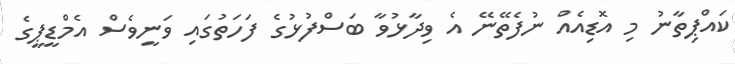
ކައްޕިތާނު މި އޮޑިއެއް ނުފެތޭނޭ އެ ވިދާޅުވާ ބަސްފުޅުގެ ފަހަތުގައި ވަނީވެސް އެމްޑީޕީގެ